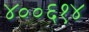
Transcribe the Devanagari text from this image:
४००६१४